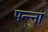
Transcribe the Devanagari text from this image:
पन्‍न्‍ना